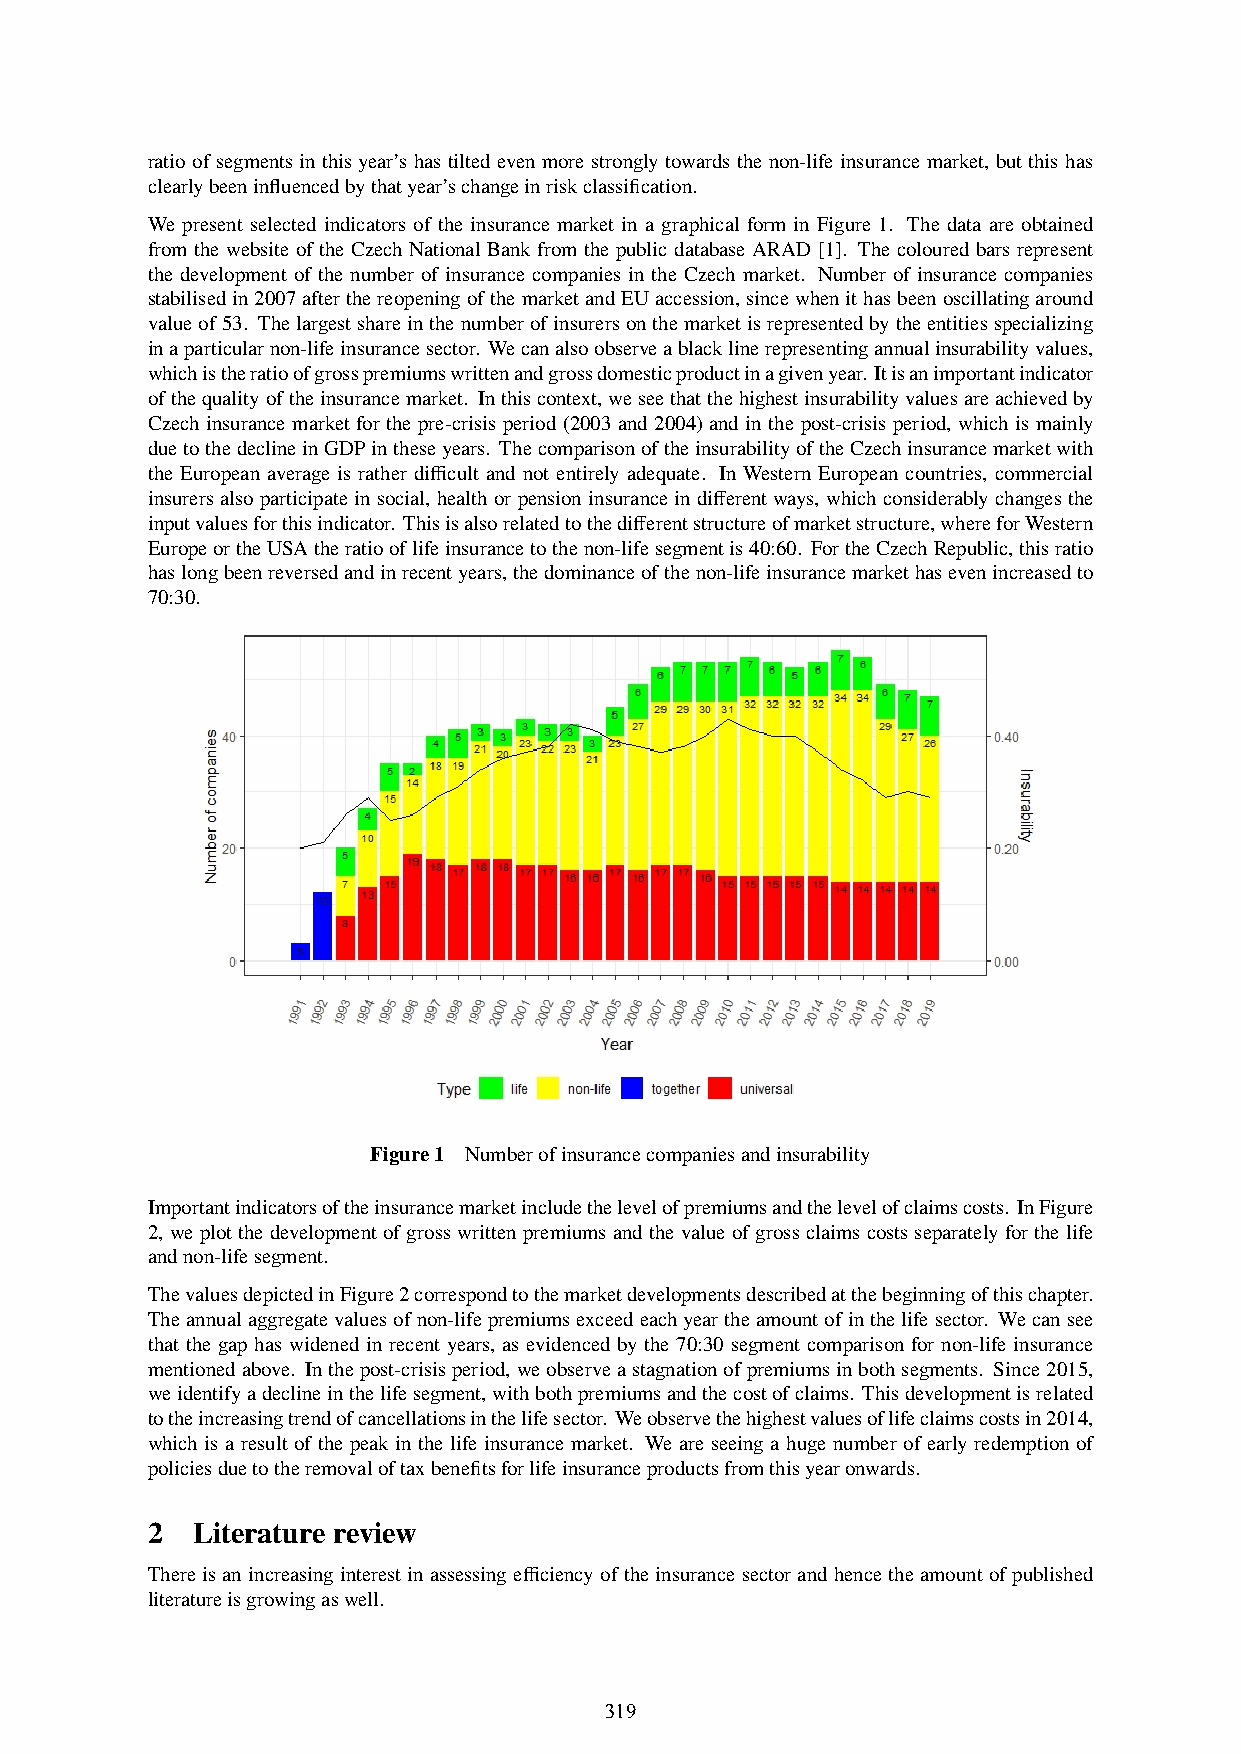
ratio of segments in this year’s has tilted even more strongly towards the non-life insurance market, but this has
 clearlybeeninfluencedbythatyear’schangeinriskclassification.
 We present selected indicators of the insurance market in a graphical form in Figure 1. The data are obtained
 from the website of the Czech National Bank from the public database ARAD [1]. The coloured bars represent
 the development of the number of insurance companies in the Czech market. Number of insurance companies
 stabilisedin2007afterthereopeningofthemarketandEUaccession,sincewhenithasbeenoscillatingaround
 valueof53. Thelargestshareinthenumberofinsurersonthemarketisrepresentedbytheentitiesspecializing
 inaparticularnon-lifeinsurancesector. Wecanalsoobserveablacklinerepresentingannualinsurabilityvalues,
 whichistheratioofgrosspremiumswrittenandgrossdomesticproductinagivenyear. Itisanimportantindicator
 ofthequalityoftheinsurancemarket. Inthiscontext,weseethatthehighestinsurabilityvaluesareachievedby
 Czech insurance market for the pre-crisis period (2003 and 2004) and in the post-crisis period, which is mainly
 duetothedeclineinGDPintheseyears. ThecomparisonoftheinsurabilityoftheCzechinsurancemarketwith
 the European average is rather difficult and not entirely adequate. In Western European countries, commercial
 insurersalsoparticipateinsocial, healthorpensioninsuranceindifferentways, whichconsiderablychangesthe
 inputvaluesforthisindicator. Thisisalsorelatedtothedifferentstructureofmarketstructure,whereforWestern
 EuropeortheUSAtheratiooflifeinsurancetothenon-lifesegmentis40:60. FortheCzechRepublic,thisratio
 haslongbeenreversedandinrecentyears,thedominanceofthenon-lifeinsurancemarkethasevenincreasedto
 70:30.
 Figure1 Numberofinsurancecompaniesandinsurability
 Importantindicatorsoftheinsurancemarketincludethelevelofpremiumsandthelevelofclaimscosts. InFigure
 2, we plot the development of gross written premiums and the value of gross claims costs separately for the life
 andnon-lifesegment.
 ThevaluesdepictedinFigure2correspondtothemarketdevelopmentsdescribedatthebeginningofthischapter.
 Theannualaggregatevaluesofnon-lifepremiumsexceedeachyeartheamountofinthelifesector. Wecansee
 that the gap has widened in recent years, as evidenced by the 70:30 segment comparison for non-life insurance
 mentionedabove. Inthepost-crisisperiod,weobserveastagnationofpremiumsinbothsegments. Since2015,
 weidentifyadeclineinthelifesegment,withbothpremiumsandthecostofclaims. Thisdevelopmentisrelated
 totheincreasingtrendofcancellationsinthelifesector. Weobservethehighestvaluesoflifeclaimscostsin2014,
 which is a result of the peak in the life insurance market. We are seeing a huge number of early redemption of
 policiesduetotheremovaloftaxbenefitsforlifeinsuranceproductsfromthisyearonwards.
 2  Literature review
 Thereisanincreasinginterestinassessingefficiencyoftheinsurancesectorandhencetheamountofpublished
 literatureisgrowingaswell.
 319